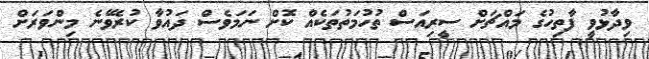
ވިދާޅުވީ ފާތިހުގެ މައްޗަށް ސީރިއަސް ތުހުމަތުތަކެއް ކޮށް ނަމަވެސް ދައުވާ ކުރެވޭނެ މިންވަރަށް